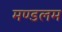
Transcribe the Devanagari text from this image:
मण्डलम